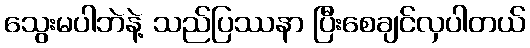
သွေးမပါဘဲနဲ့ သည်ပြဿနာ ပြီးစေချင်လှပါတယ်